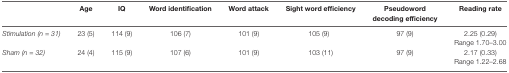
|  | Age | IQ | Word identification | Word attack | Sight word efficiency | Pseudoword decoding efficiency | Reading rate |
 | --- | --- | --- | --- | --- | --- | --- | --- |
 | Stimulation (n = 31) | 23 (5) | 114 (9) | 106 (7) | 101 (9) | 105 (9) | 97 (9) | 2.25 (0.29) |
 |  |  |  |  |  |  |  | Range 1.70–3.00 |
 | Sham (n = 32) | 24 (4) | 115 (9) | 107 (6) | 101 (9) | 103 (11) | 97 (9) | 2.17 (0.33) |
 |  |  |  |  |  |  |  | Range 1.22–2.68 |